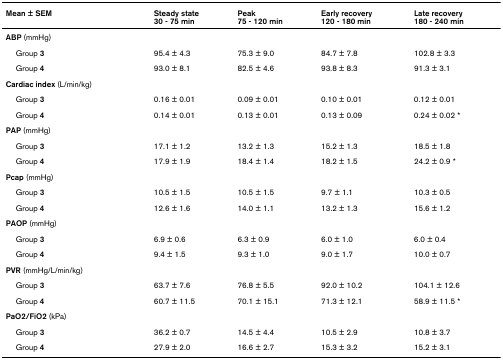
<table><thead><tr><td><b>Mean ± SEM</b></td><td><b>Steady state30 - 75 min</b></td><td><b>Peak75 - 120 min</b></td><td><b>Early recovery120 - 180 min</b></td><td><b>Late recovery180 - 240 min</b></td></tr></thead><tbody><tr><td><b>ABP </b>(mmHg)</td><td></td><td></td><td></td><td></td></tr><tr><td> Group <b>3</b></td><td>95.4 ± 4.3</td><td>75.3 ± 9.0</td><td>84.7 ± 7.8</td><td>102.8 ± 3.3</td></tr><tr><td> Group <b>4</b></td><td>93.0 ± 8.1</td><td>82.5 ± 4.6</td><td>93.8 ± 8.3</td><td>91.3 ± 3.1</td></tr><tr><td><b>Cardiac index </b>(L/min/kg)</td><td></td><td></td><td></td><td></td></tr><tr><td> Group <b>3</b></td><td>0.16 ± 0.01</td><td>0.09 ± 0.01</td><td>0.10 ± 0.01</td><td>0.12 ± 0.01</td></tr><tr><td> Group <b>4</b></td><td>0.14 ± 0.01</td><td>0.13 ± 0.01</td><td>0.13 ± 0.09</td><td>0.24 ± 0.02 <b>*</b></td></tr><tr><td><b>PAP </b>(mmHg)</td><td></td><td></td><td></td><td></td></tr><tr><td> Group <b>3</b></td><td>17.1 ± 1.2</td><td>13.2 ± 1.3</td><td>15.2 ± 1.3</td><td>18.5 ± 1.8</td></tr><tr><td> Group <b>4</b></td><td>17.9 ± 1.9</td><td>18.4 ± 1.4</td><td>18.2 ± 1.5</td><td>24.2 ± 0.9 <b>*</b></td></tr><tr><td><b>Pcap </b>(mmHg)</td><td></td><td></td><td></td><td></td></tr><tr><td> Group <b>3</b></td><td>10.5 ± 1.5</td><td>10.5 ± 1.5</td><td>9.7 ± 1.1</td><td>10.3 ± 0.5</td></tr><tr><td> Group <b>4</b></td><td>12.6 ± 1.6</td><td>14.0 ± 1.1</td><td>13.2 ± 1.3</td><td>15.6 ± 1.2</td></tr><tr><td><b>PAOP </b>(mmHg)</td><td></td><td></td><td></td><td></td></tr><tr><td> Group <b>3</b></td><td>6.9 ± 0.6</td><td>6.3 ± 0.9</td><td>6.0 ± 1.0</td><td>6.0 ± 0.4</td></tr><tr><td> Group <b>4</b></td><td>9.4 ± 1.5</td><td>9.3 ± 1.0</td><td>9.0 ± 1.7</td><td>10.0 ± 0.7</td></tr><tr><td><b>PVR </b>(mmHg/L/min/kg)</td><td></td><td></td><td></td><td></td></tr><tr><td> Group <b>3</b></td><td>63.7 ± 7.6</td><td>76.8 ± 5.5</td><td>92.0 ± 10.2</td><td>104.1 ± 12.6</td></tr><tr><td> Group <b>4</b></td><td>60.7 ± 11.5</td><td>70.1 ± 15.1</td><td>71.3 ± 12.1</td><td>58.9 ± 11.5 <b>*</b></td></tr><tr><td><b>PaO2/FiO2 </b>(kPa)</td><td></td><td></td><td></td><td></td></tr><tr><td> Group <b>3</b></td><td>36.2 ± 0.7</td><td>14.5 ± 4.4</td><td>10.5 ± 2.9</td><td>10.8 ± 3.7</td></tr><tr><td> Group <b>4</b></td><td>27.9 ± 2.0</td><td>16.6 ± 2.7</td><td>15.3 ± 3.2</td><td>15.2 ± 3.1</td></tr></tbody></table>